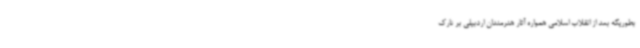
بطوریکه بعد از انقلاب اسلامی همواره آثار هنرمندان اردبیلی بر تارک